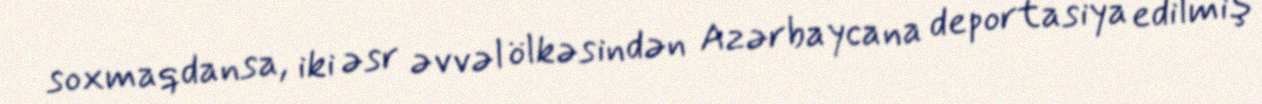
soxmaqdansa, iki əsr əvvəl ölkəsindən Azərbaycana deportasiya edilmiş